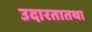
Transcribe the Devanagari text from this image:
उदारतातथा